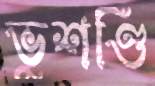
ভুশণ্ডি